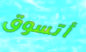
أتسوق